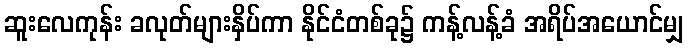
ဆူးလေကုန်း ခလုတ်များနှိပ်ကာ နိုင်ငံတစ်ခု၌ ကန့်လန့်ခံ အရိပ်အယောင်မျှ